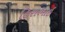
હિરાભાઇ